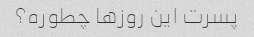
پسرت این روزها چطوره؟